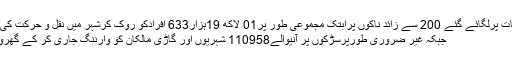
شہر کے مختلف مقامات پرلگائے گئے 200 سے زائد ناکوں پرابتک مجموعی طور پر01 لاکھ 19ہزار633 افرادکو روک کرشہر میں نقل و حرکت کی وجہ دریافت کی گئی
جبکہ غیر ضروری طورپرسڑکوں پر آنیوالے110958 شہریوں اور گاڑی مالکان کو وارننگ جاری کر کے گھروں کو واپس بھیجا گیا۔